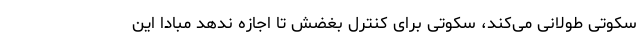
سکوتی طولانی می‌کند، سکوتی برای کنترل بغضش تا اجازه ندهد مبادا این